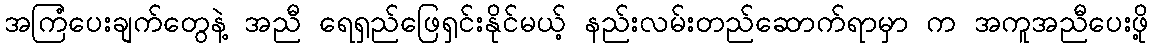
အကြံပေးချက်တွေနဲ့ အညီ ရေရှည်ဖြေရှင်းနိုင်မယ့် နည်းလမ်းတည်ဆောက်ရာမှာ က အကူအညီပေးဖို့